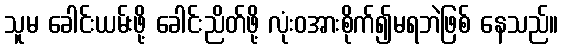
သူမ ခေါင်းယမ်းဖို့ ခေါင်းညိတ်ဖို့ လုံးဝအားစိုက်၍မရဘဲဖြစ် နေသည်။